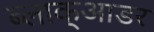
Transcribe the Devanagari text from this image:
ब्लाक्आडर